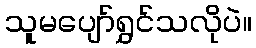
သူမပျော်ရွှင်သလိုပဲ။